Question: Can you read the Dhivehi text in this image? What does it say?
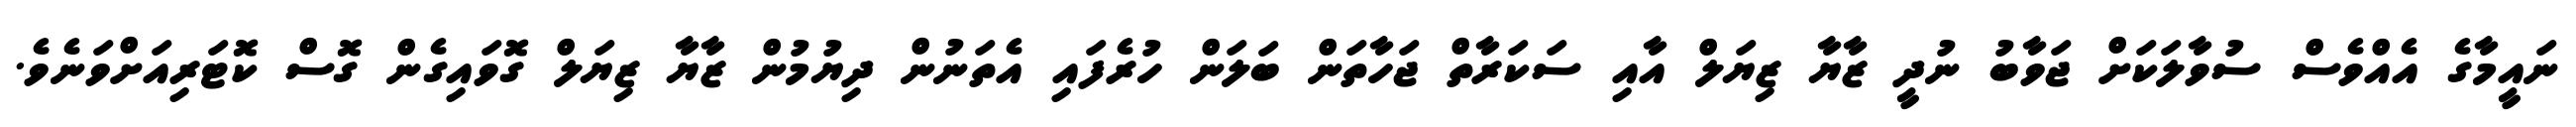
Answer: ނައީމާގެ އެއްވެސް ސުވާލަކަށް ޖަވާބު ނުދީ ޒާޔާ ޒިޔަލް އާއި ސަކަރާތް ޖަހާތަން ބަލަން ހުރެފައި އެތަނުން ދިޔުމުން ޒާޔާ ޒިޔަލް ގޮވައިގެން ގޮސް ކޮޓަރިއަށްވަނެވެ.